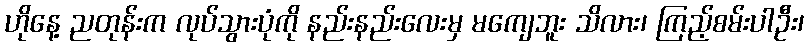
ဟိုနေ့ ညတုန်းက လုပ်သွားပုံကို နည်းနည်းလေးမှ မကျေဘူး သိလား၊ ကြည့်စမ်းပါဦး၊